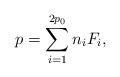
LaTeX: \begin{align*} p=\sum_{i=1}^{2p_{0}}n_{i}F_{i},\end{align*}